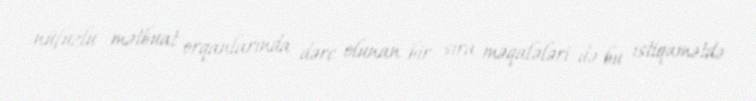
nüfuzlu mətbuat orqanlarında dərc olunan bir sıra məqalələri də bu istiqamətdə